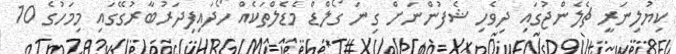
ކިޔުލިނަރީ ޗެލެންޖުގައި ދިވެހި ޝެފުންނަށް ގިނަ ގޯލްޑް މެޑެލްތަކެއް ހޯދައިފިދަރުބާރުގޭގައި މިމަހުގެ 10